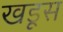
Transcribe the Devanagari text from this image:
खडूस